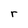
Character: r